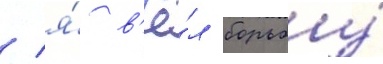
/ я́ в'ё́л борьбу́